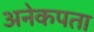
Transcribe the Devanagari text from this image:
अनेकपता